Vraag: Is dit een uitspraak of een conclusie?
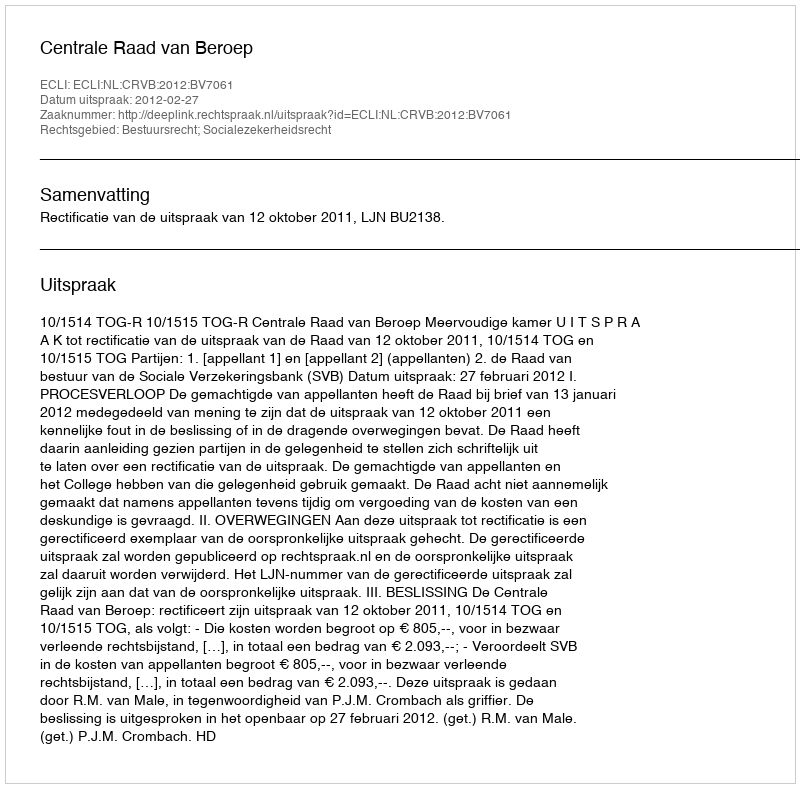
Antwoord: Uitspraak